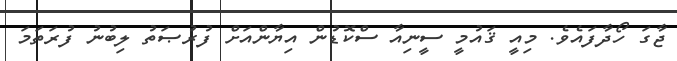
ޖާގަ ހޯދާފައެވެ. މިއީ ޤައުމީ ސީނިއާ ސްކޮޑުން އިޔާންއަށް ފުރުޞަތު ލިބުނު ފުރަތަމަ